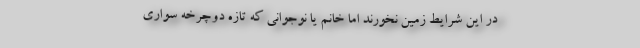
در این شرایط زمین نخورند اما خانم یا نوجوانی که تازه دوچرخه سواری